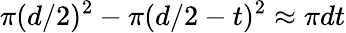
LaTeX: \pi(d/2)^{2}-\pi(d/2-t)^{2}\approx\pi dt